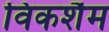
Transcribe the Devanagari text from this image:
विकर्शैम